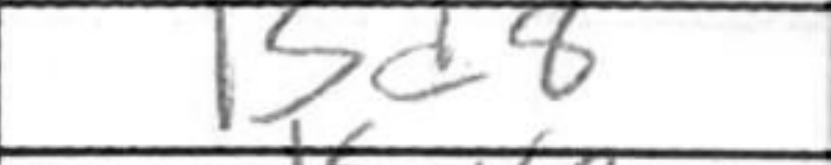
Transcription: Bd8